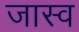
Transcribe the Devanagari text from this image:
जास्व